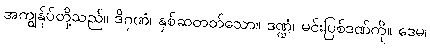
အကျွန်ုပ်တို့သည်။ ဒိဂုဏံ၊ နှစ်ဆတတ်သော။ ဒဏ္ဍံ၊ မင်းပြစ်ဒဏ်ကို။ ဒေမ၊